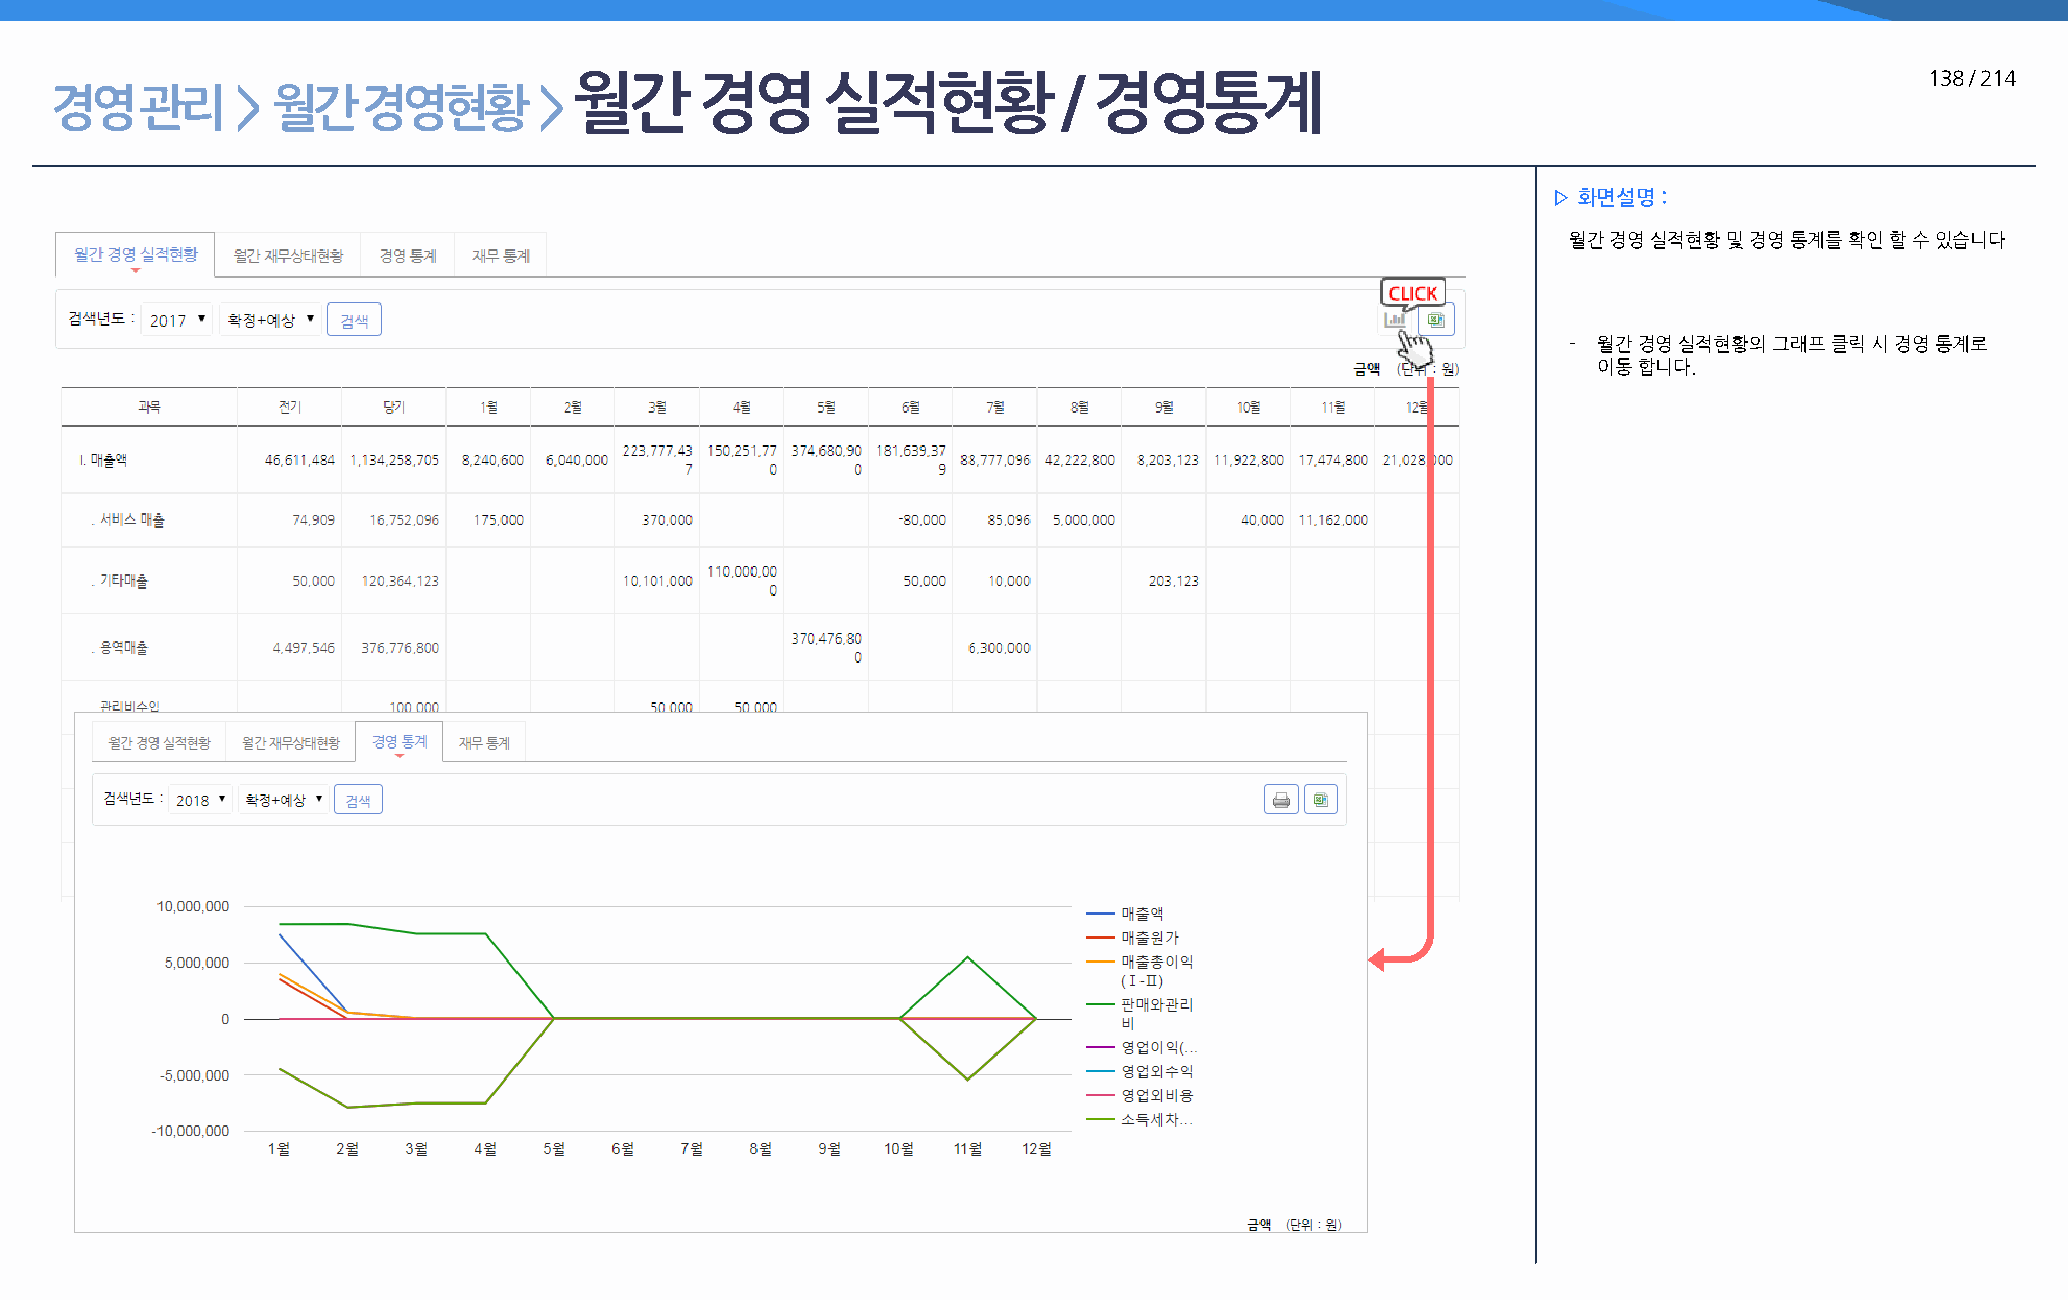
월간      경영      실적현황            / 경영통계                                                    138 / 214
 경영    관리     > 월간    경영현황        >
 ▷ 화면설명 :
 월간 경영 실적현황 및 경영 통계를 확인 할 수 있습니다
 - 월간 경영 실적현황의 그래프 클릭 시 경영 통계로
 이동 합니다.